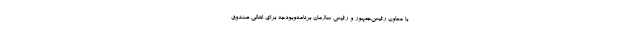
با معاون رئیس‌جمهور و رئیس سازمان برنامه‌وبودجه برای اهالی صندوق